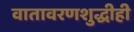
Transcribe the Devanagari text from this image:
वातावरणशुद्धीही